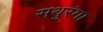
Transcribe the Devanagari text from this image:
सथुरंगा